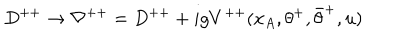
LaTeX: D ^ { + + } \rightarrow \nabla ^ { + + } = D ^ { + + } + i g V ^ { + + } ( x _ { A } , \theta ^ { + } , \bar { \theta } ^ { + } , u )